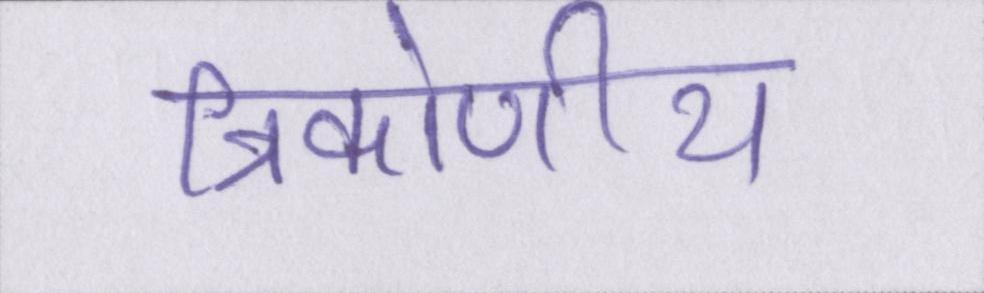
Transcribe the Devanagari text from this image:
त्रिकोणीय